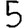
Digit: 5